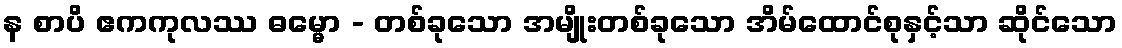
န စာပိ ဧကကုလဿ ဓမ္မော - တစ်ခုသော အမျိုးတစ်ခုသော အိမ်ထောင်စုနှင့်သာ ဆိုင်သော